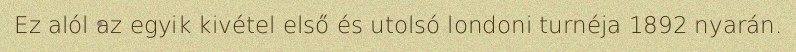
Ez alól az egyik kivétel első és utolsó londoni turnéja 1892 nyarán.